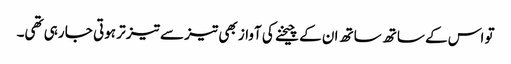
تو اس کے ساتھ ساتھ ان کے چیخنے کی آواز بھی تیز سے تیز تر ہوتی جا رہی تھی۔